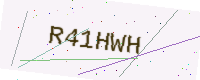
Text: R41HWH